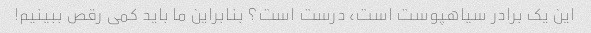
این یک برادر سیاهپوست است، درست است؟ بنابراین ما باید کمی رقص ببینیم!